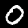
Digit: 0